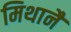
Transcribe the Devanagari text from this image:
मिथानै